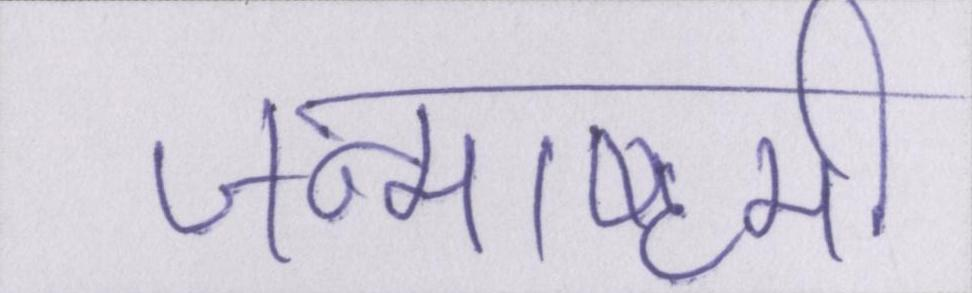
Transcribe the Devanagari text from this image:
जन्माष्टमी